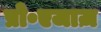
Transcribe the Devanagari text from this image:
प्रो॰एजाज़